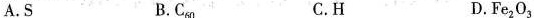
A.S B.C_{60} C.H D. Fe_{2}O_{3}